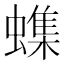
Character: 𫋝